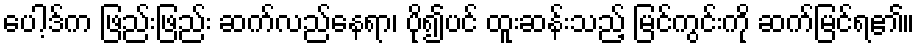
ပေါ့ဒ်က ဖြည်းဖြည်း ဆက်လည်နေရာ၊ ပို၍ပင် ထူးဆန်းသည့် မြင်ကွင်းကို ဆက်မြင်ရ၏။